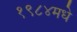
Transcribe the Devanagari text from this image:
१९८४मधे